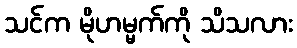
သင်က မိုဟမ္မက်ကို သိသလား